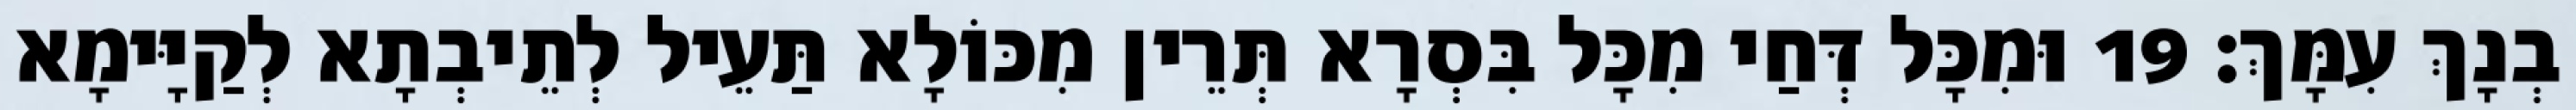
בְנָךְ עִמָּךְ׃ 19 וּמִכָּל דְּחַי מִכָּל בִּסְרָא תְּרֵין מִכּוֹלָא תַּעֵיל לְתֵיבְתָא לְקַיָּימָא